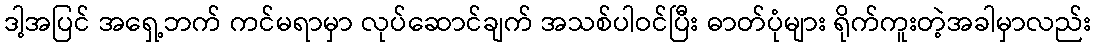
ဒါ့အပြင် အရှေ့ဘက် ကင်မရာမှာ လုပ်ဆောင်ချက် အသစ်ပါဝင်ပြီး ဓာတ်ပုံများ ရိုက်ကူးတဲ့အခါမှာလည်း